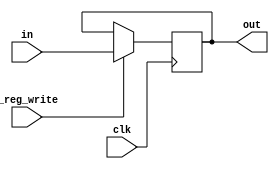
module Window(
	input [1:0] in,
	output reg [1:0] out,
	input _reg_write,
	input clk
	);

	initial
	begin
		out <= 2'b0;
	end

	always @ (posedge clk)
	begin
		if (_reg_write)
		  out <= in;
	end
endmodule